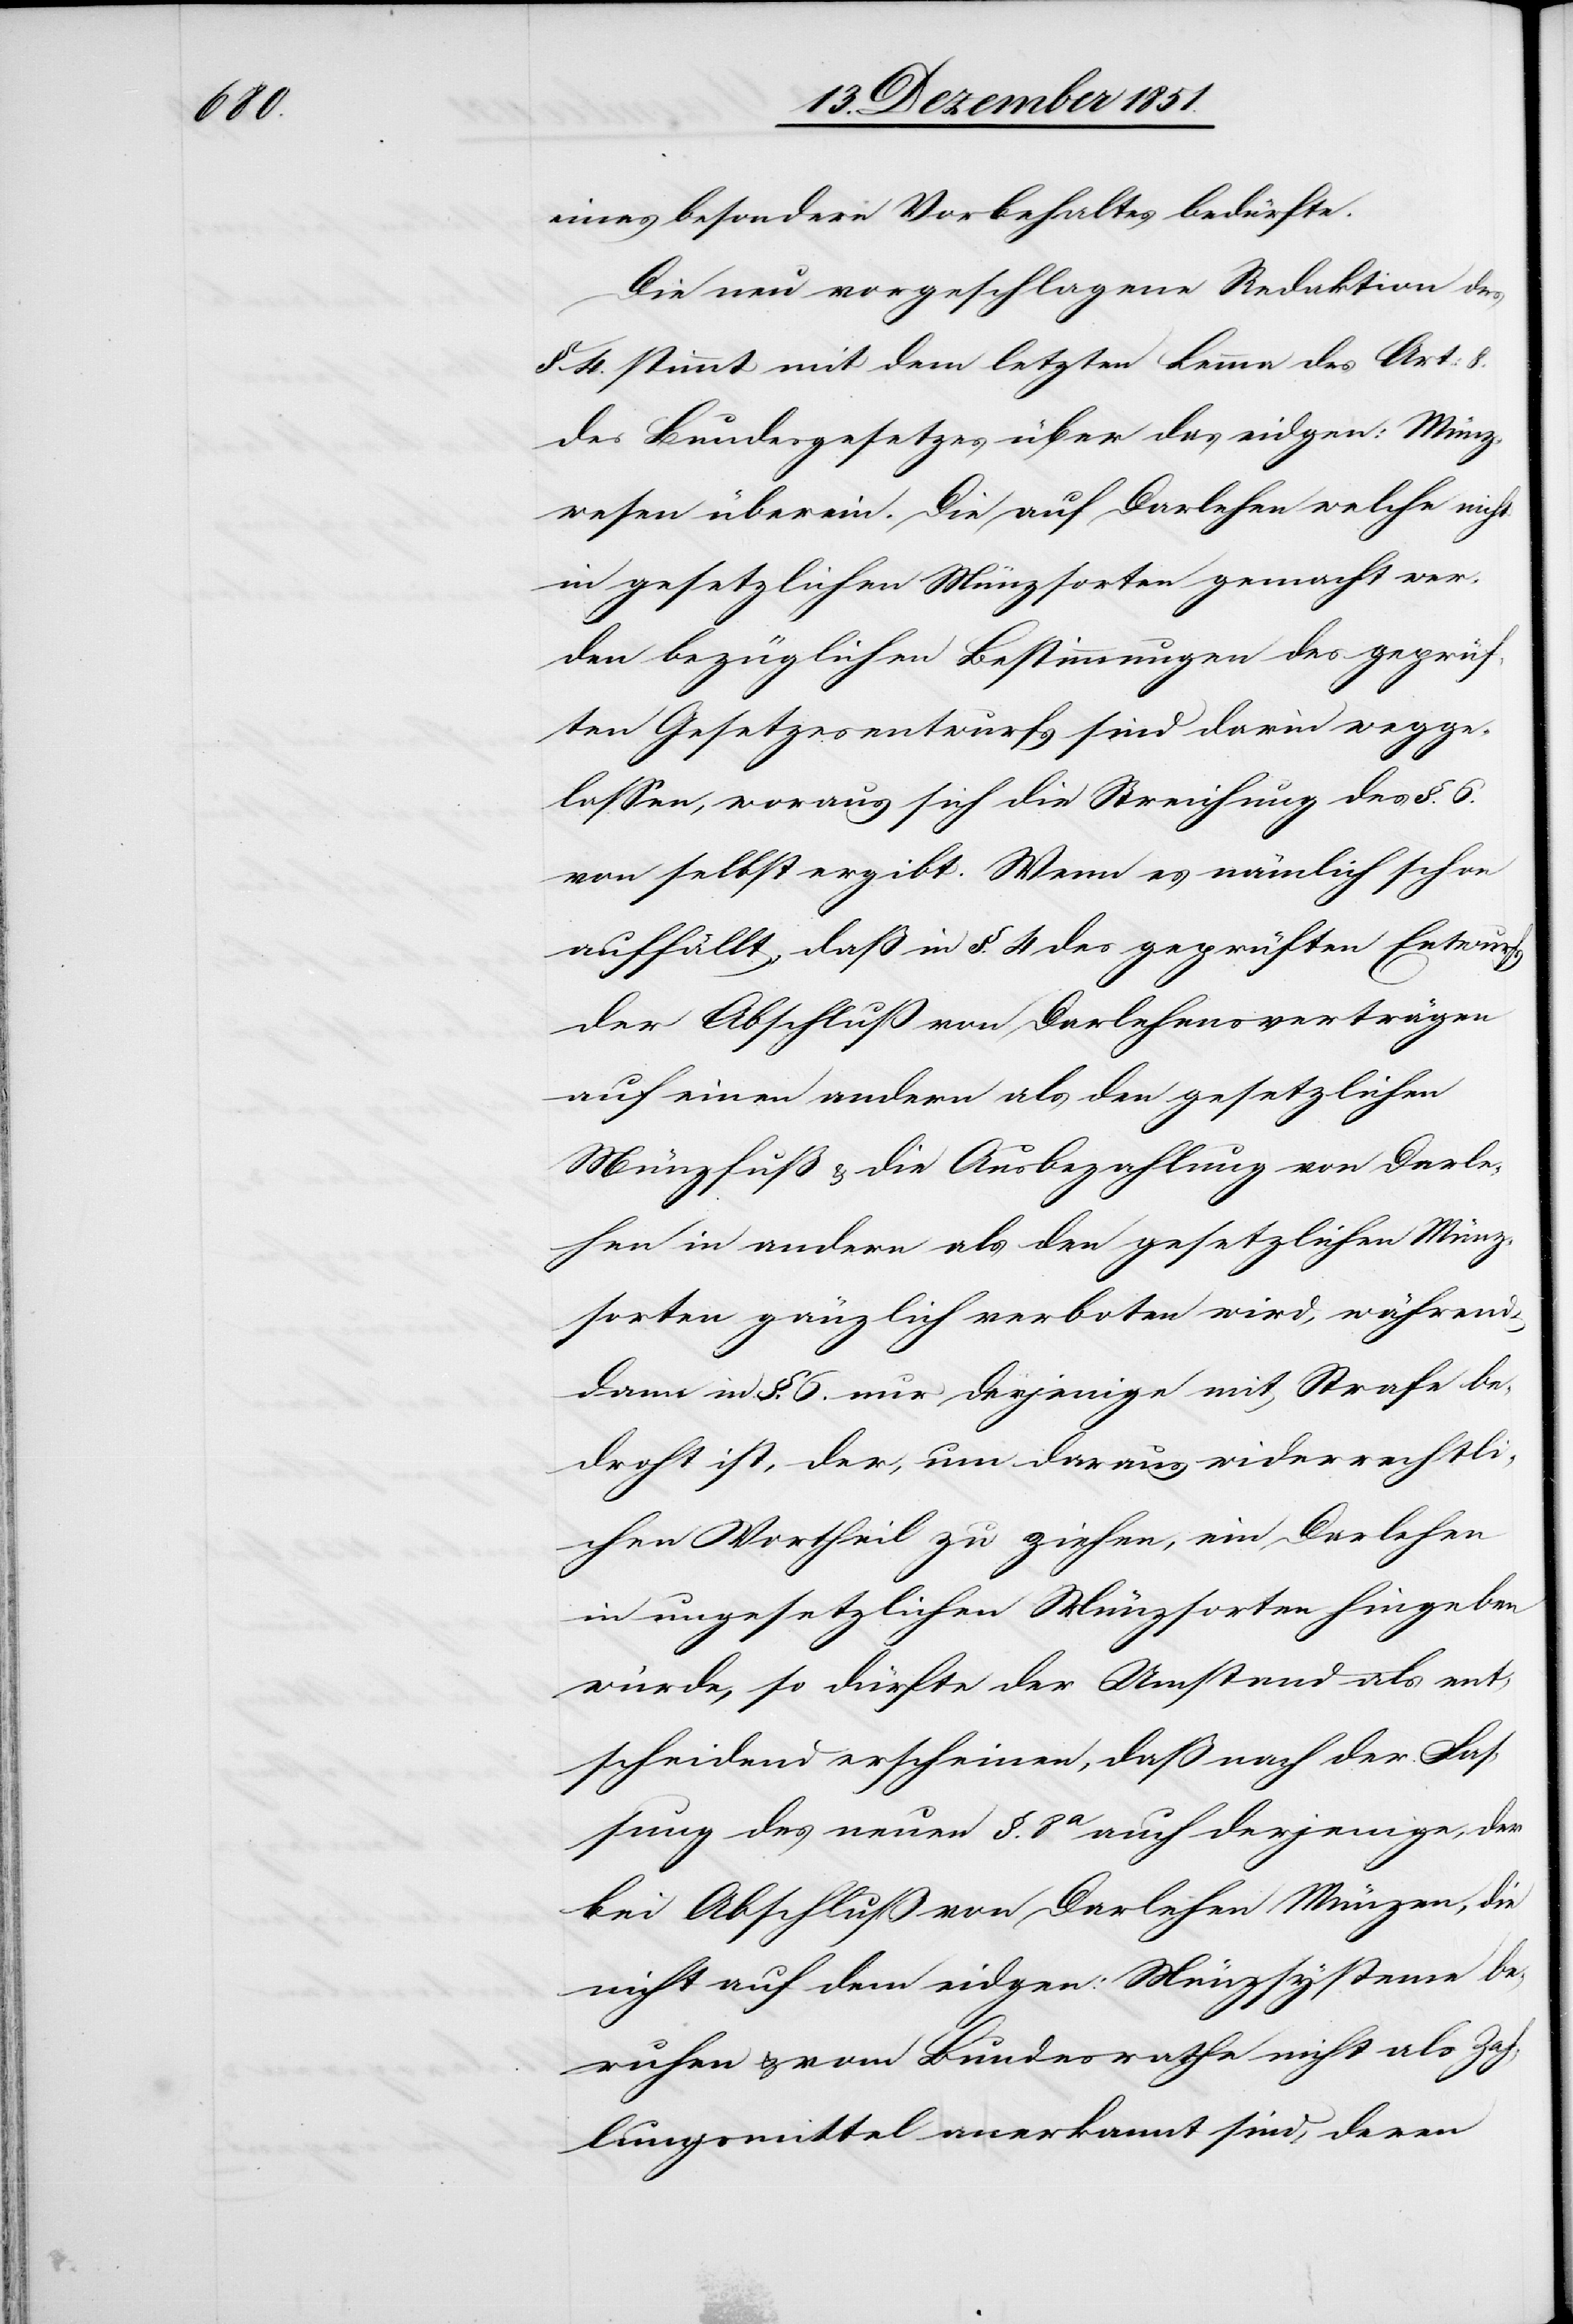
eines besondern Vorbehaltes bedürfte.
Die neu vorgeschlagene Redaktion des
§. 4. stimmt mit dem letzten Lemma des Art:
des Bundesgesetzes über das eidgen: Münz¬
wesen überein. Die auf Darlehen welche nicht
in gesetzlichen Münzsorten gemacht wer¬
den bezüglichen Bestimmungen des geprüf¬
ten Gesetzesentwurfs sind darin wegge¬
lassen, woraus sich die Streichung des §. 6.
von selbst ergibt. Wenn es nämlich schon
auffällt, daß in §. 4 des geprüften Entwurfs
der Abschluß von Darlehensverträgen
auf einen andern als den gesetzlichen
Münzfuß & die Ausbezahlung von Darle¬
hen in andern als den gesetzlichen Münz¬
sorten gänzlich verboten wird, während
dann in §. 6. nur derjenige mit Strafe be¬
droht ist, der, um daraus widerrechtli¬
chen Vortheil zu ziehen, ein Darlehen
in ungesetzlichen Münzsorten hingeben
würde, so dürfte der Umstand als ent¬
scheidend erscheinen, daß nach der Fas¬
sung des neuen §. 8a auch derjenige, der
bei Abschluß von Darlehen Münzen, die
nicht auf dem eidgen: Münzsysteme be¬
ruhen & vom Bundesrathe nicht als Zah¬
lungsmittel anerkannt sind, deren